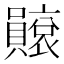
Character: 𧸫